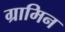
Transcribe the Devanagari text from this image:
ग्रामिन